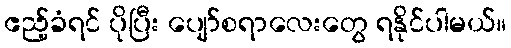
ဧည့်ခံရင် ပိုပြီး ပျော်စရာလေးတွေ ရနိုင်ပါမယ်။